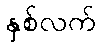
နှစ်လက်